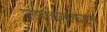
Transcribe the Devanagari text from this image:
उत्पादनाकडून